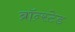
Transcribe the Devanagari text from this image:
ब्रॉन्स्टेड